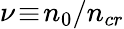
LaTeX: \nu\! \equiv\! n_{0}/n_{cr}